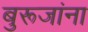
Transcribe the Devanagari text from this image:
बुरूजांना